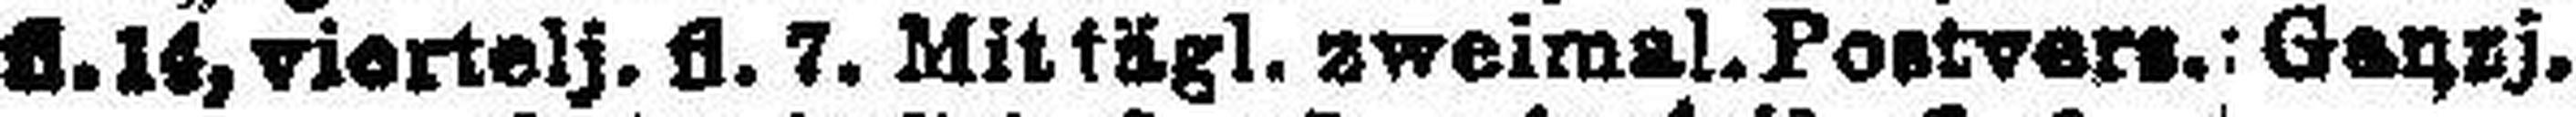
fl. 14, viertelj, fl. 7. Mittägl. zweimal. Postvers.: Ganzj.